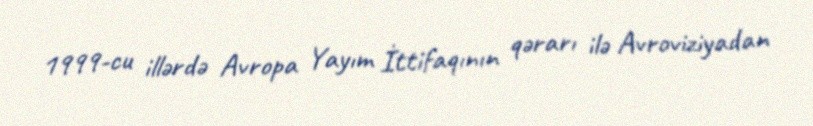
1999-cu illərdə Avropa Yayım İttifaqının qərarı ilə Avroviziyadan